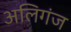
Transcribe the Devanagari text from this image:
अलिगंज